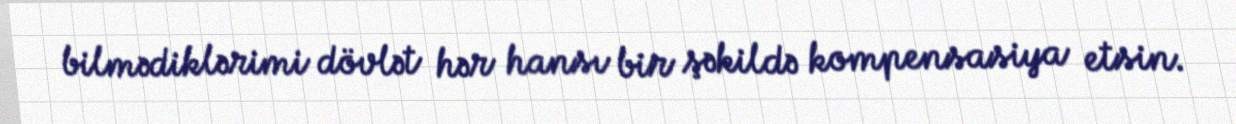
bilmədiklərimi dövlət hər hansı bir şəkildə kompensasiya etsin.